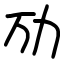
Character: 劢